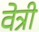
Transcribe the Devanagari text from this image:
वेत्री